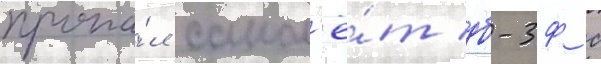
пропа́л самол'ё́т дб-3ф с